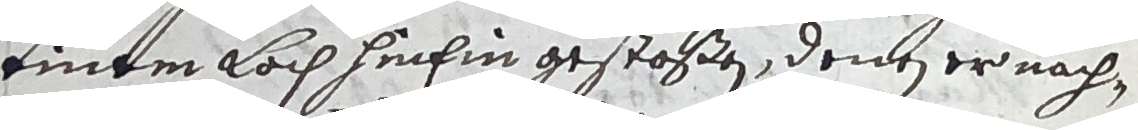
einem loch hinhin gestoßen, denten er nach